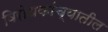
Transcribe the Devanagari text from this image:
विरोधकांच्यातील